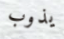
يذوب